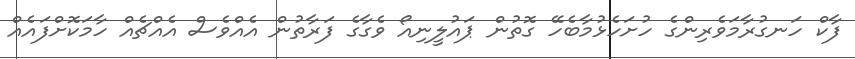
ފާކް ހަނގުރާމަވެރިންގެ ހުުށަހެޅުމާބެހޭ ގޮތުން ޕައުލީނިއޯ ވެގާގެ ފަރާތުން އެއްވެސް އެއްޗެއް ހާމަކޮށްފައެއް